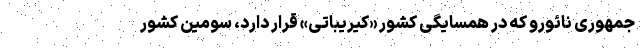
جمهوری نائورو که در همسایگی کشور «کیریباتی» قرار دارد، سومین کشور